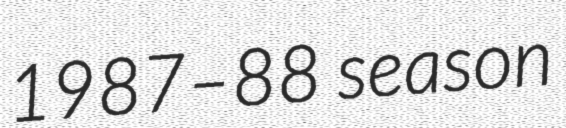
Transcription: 1987–88 season